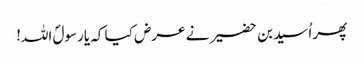
پھر اُسید بن حضیر نے عرض کیا کہ یارسولؐ اللہ!